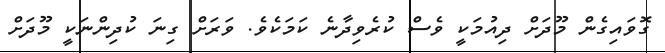
ގޮވައިގެން މޫދަށް ދިއުމަކީ ވެސް ކުރެވިދާނެ ކަމަކެވެ. ވަރަށް ގިނަ ކުދިންނަކީ މޫދަށް